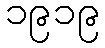
၁၉၁၉